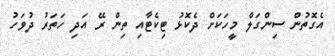
އެގޮތުން ސިންގަލް މީހަކަށް ދެކޮޅު ޓިކެޓާއި ތިން ރޭ އަދި ހަތަރު ދުވަހު